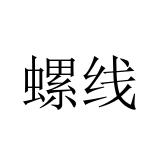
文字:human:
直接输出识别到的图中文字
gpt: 螺线